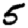
Digit: 5